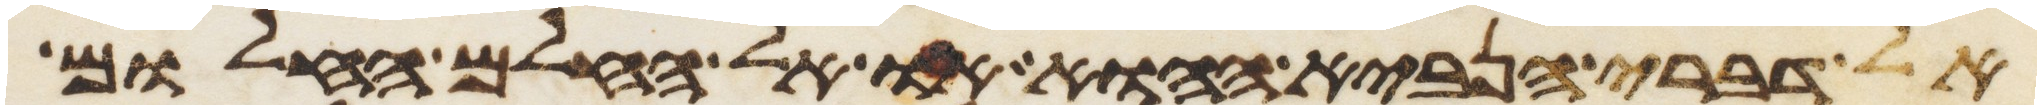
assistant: אל דברי הנביא ההוא או אל החלם החלום